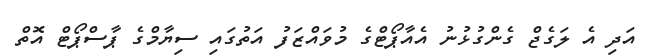
އަދި އެ ލަގެޖް ގެންގުޅުނު އެއާޕޯޓްގެ މުވައްޒަފު އަތުގައި ސިޔާމްގެ ޕާސްޕޯޓް އޮތް